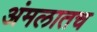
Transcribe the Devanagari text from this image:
अंमलातच